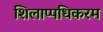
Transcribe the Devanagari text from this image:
शिलाप्पधिकरम